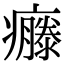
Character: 𤻴